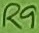
Text: R9